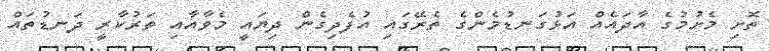
ތޮށި މެށުމުގެ އާދައެއް އަޅުގަނޑުމެންގެ ތެރޭގައި އުފެދިގެން ދިޔައީ މެވާއާއި ތަރުކާރީ ދަނޑުތައް